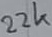
Text: 22k